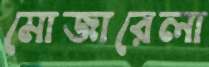
মোজারেলা